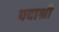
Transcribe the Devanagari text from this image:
पदाश्री